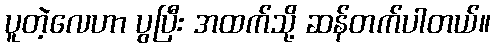
ပူတဲ့လေဟာ ပွပြီး အထက်သို့ ဆန်တက်ပါတယ်။